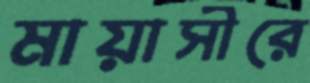
মায়াসীরে